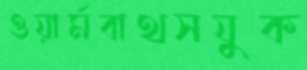
ওয়ার্মবাথসযুক